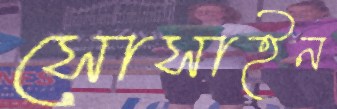
সোসাইন